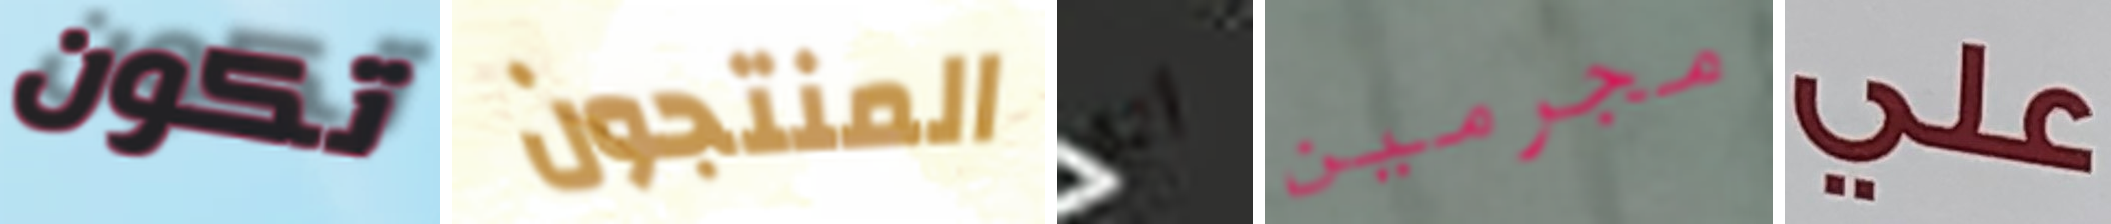
تكون المنتجون انه مجرمين علي